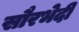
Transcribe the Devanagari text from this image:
सौरभेदी